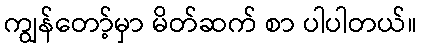
ကျွန်တော့်မှာ မိတ်ဆက် စာ ပါပါတယ်။